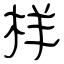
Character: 样